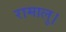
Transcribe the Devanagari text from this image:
रामालु।